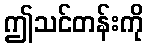
ဤသင်တန်းကို